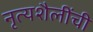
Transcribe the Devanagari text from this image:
नृत्यशैलींची